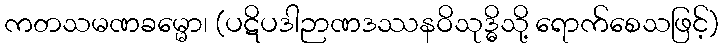
ကတသမဏခမ္မော၊ (ပဋိပဒါဉာဏဒဿနဝိသုဒ္ဓိသို့ ရောက်စေသဖြင့်)